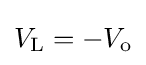
V_{\text{L}}=-V_{\text{o}}